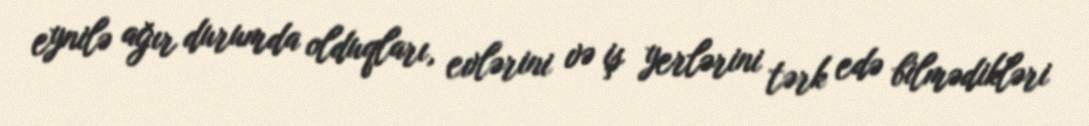
eynilə ağır durumda olduqları, evlərini və iş yerlərini tərk edə bilmədikləri